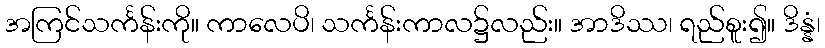
အကြင်သင်္ကန်းကို။ ကာလေပိ၊ သင်္ကန်းကာလ၌လည်း။ အာဒိဿ၊ ရည်စူး၍။ ဒိန္နံ၊